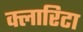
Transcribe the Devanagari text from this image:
क्लारिटा